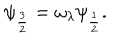
\psi _ { \frac { 3 } { 2 } } = \omega _ { \lambda } \psi _ { \frac { 1 } { 2 } } .